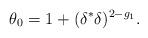
LaTeX: \begin{align*}\theta_0=1+(\delta^*\delta)^{2-g_1}.\end{align*}